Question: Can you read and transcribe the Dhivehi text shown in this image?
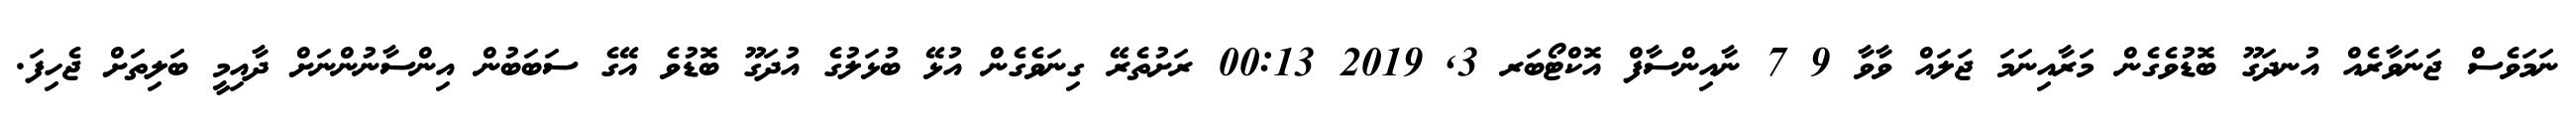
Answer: ނަމަވެސް ޖަނަވާރެއް އުނދަގޫ ބޮޑުވެގެން މަރާއިނަމަ ޖަލައް ވާވާ 9 7 ނާއިންސާފް އޮކްޓޯބަރ 3, 2019 00:13 ރަށުތެރޭ ގިނަވެގެން އުޅޭ ބުޅަލުގެ އުދަގޫ ބޮޑުވެ އޭގެ ސަބަބުން އިންސާނުންނަށް ދާއިމީ ބަލިތަށް ޖެހިފަ.